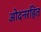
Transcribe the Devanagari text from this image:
ओदनरहित